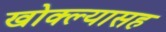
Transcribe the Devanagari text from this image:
खोक्ल्यासह